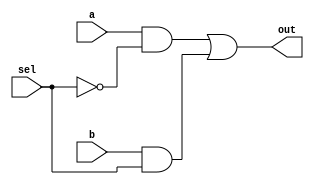
//2to1multiplexer

`define dly_and 1
`define dly_or 2
module mux (out,a,b,sel);

input a, b, sel;
output out;
wire w1, w2;

and g1(w1, a, ~sel);
and g2(w2, b, sel);
or g3(out, w1, w2);



endmodule